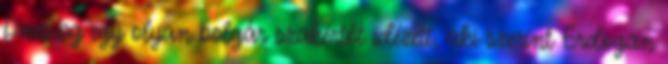
Dnes.bg egy olyan bolgár szakértőt idézett, aki szerint Erdogan